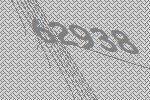
62938